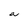
Character: a